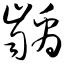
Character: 龋